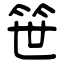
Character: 笹